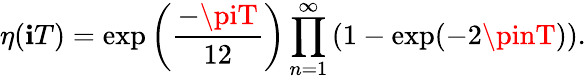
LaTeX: \eta(\mathbf{i}T)=\exp\left(\frac{{-\piT}}{{12}}\right)\prod_{n=1}^{\infty}\left(1-\exp(-2\pinT)\right).